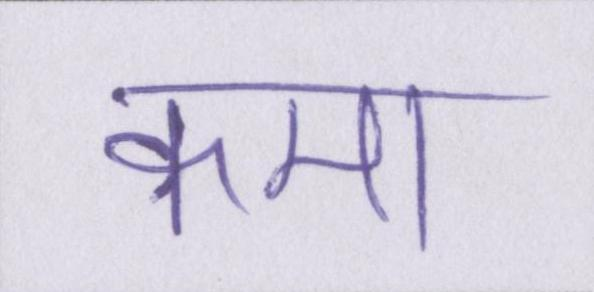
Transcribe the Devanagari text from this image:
कमा